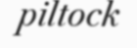
piltock